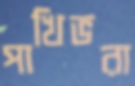
পাখিভরা